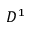
D ^ { 1 }